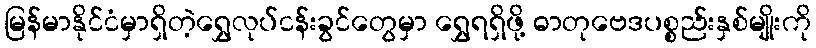
မြန်မာနိုင်ငံမှာရှိတဲ့ရွှေလုပ်ငန်းခွင်တွေမှာ ရွှေရရှိဖို့ ဓာတုဗေဒပစ္စည်းနှစ်မျိုးကို